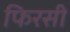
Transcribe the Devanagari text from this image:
फिरसी